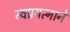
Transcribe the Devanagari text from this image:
स्वप्रयत्नाने